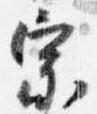
宗